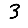
Digit: 3